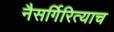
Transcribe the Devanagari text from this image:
नैसर्गिरित्याच